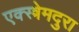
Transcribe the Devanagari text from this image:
एक्स्त्रेमदुरा